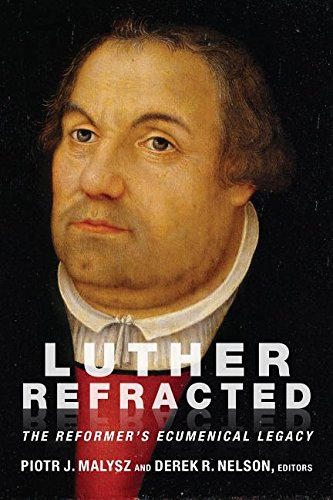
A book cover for Luther Refracted: The Reformer's Ecumenical Legacy; Piotr J. Malysz; Christian Books & Bibles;